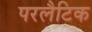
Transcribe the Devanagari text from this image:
परलैटिक